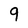
Character: 9